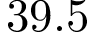
3 9 . 5